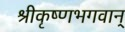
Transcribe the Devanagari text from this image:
श्रीकृष्णभगवान्